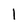
Character: l